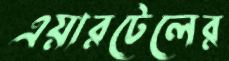
এয়ারটেলের